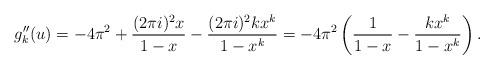
LaTeX: \begin{align*}g_k''(u) & = -4\pi^2 +\frac{(2\pi i)^2 x}{1-x} - \frac{(2\pi i)^2kx^k}{1-x^k}= -4\pi^2 \left(\frac{1}{1-x} - \frac{kx^k}{1-x^k}\right).\end{align*}